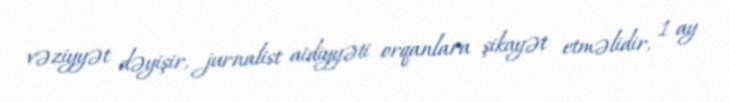
vəziyyət dəyişir, jurnalist aidiyyəti orqanlara şikayət etməlidir, 1 ay